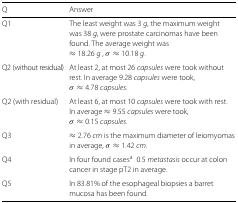
<table><thead><tr><td><b>Q</b></td><td><b>Answer</b></td></tr></thead><tbody><tr><td>Q1</td><td>The least weight was 3 <i>g</i>, the maximum weight</td></tr><tr><td></td><td>was 38 <i>g</i>, were prostate carcinomas have been</td></tr><tr><td></td><td>found. The average weight was</td></tr><tr><td></td><td>≈18.26 <i>g</i>, <i>σ</i>≈10.18 <i>g</i>.</td></tr><tr><td>Q2 (without residual)</td><td>At least 2, at most 26 <i>capsules</i> were took without</td></tr><tr><td></td><td>rest. In average 9.28 <i>capsules</i> were took,</td></tr><tr><td></td><td><i>σ</i>≈4.78 <i>capsules</i>.</td></tr><tr><td>Q2 (with residual)</td><td>At least 6, at most 10 <i>capsules</i> were took with rest.</td></tr><tr><td></td><td>In average ≈9.55 <i>capsules</i> were took,</td></tr><tr><td></td><td><i>σ</i>≈0.15 <i>capsules</i>.</td></tr><tr><td>Q3</td><td>≈2.76 <i>cm</i> is the maximum diameter of leiomyomas</td></tr><tr><td></td><td>in average, <i>σ</i>≈1.42 <i>cm</i>.</td></tr><tr><td>Q4</td><td>In four found cases<sup>a</sup> 0.5 <i>metastasis</i> occur at colon</td></tr><tr><td></td><td>cancer in stage pT2 in average.</td></tr><tr><td>Q5</td><td>In 83.81<i>%</i> of the esophageal biopsies a barret</td></tr><tr><td></td><td>mucosa has been found.</td></tr></tbody></table>